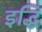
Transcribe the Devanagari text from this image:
इद्धि